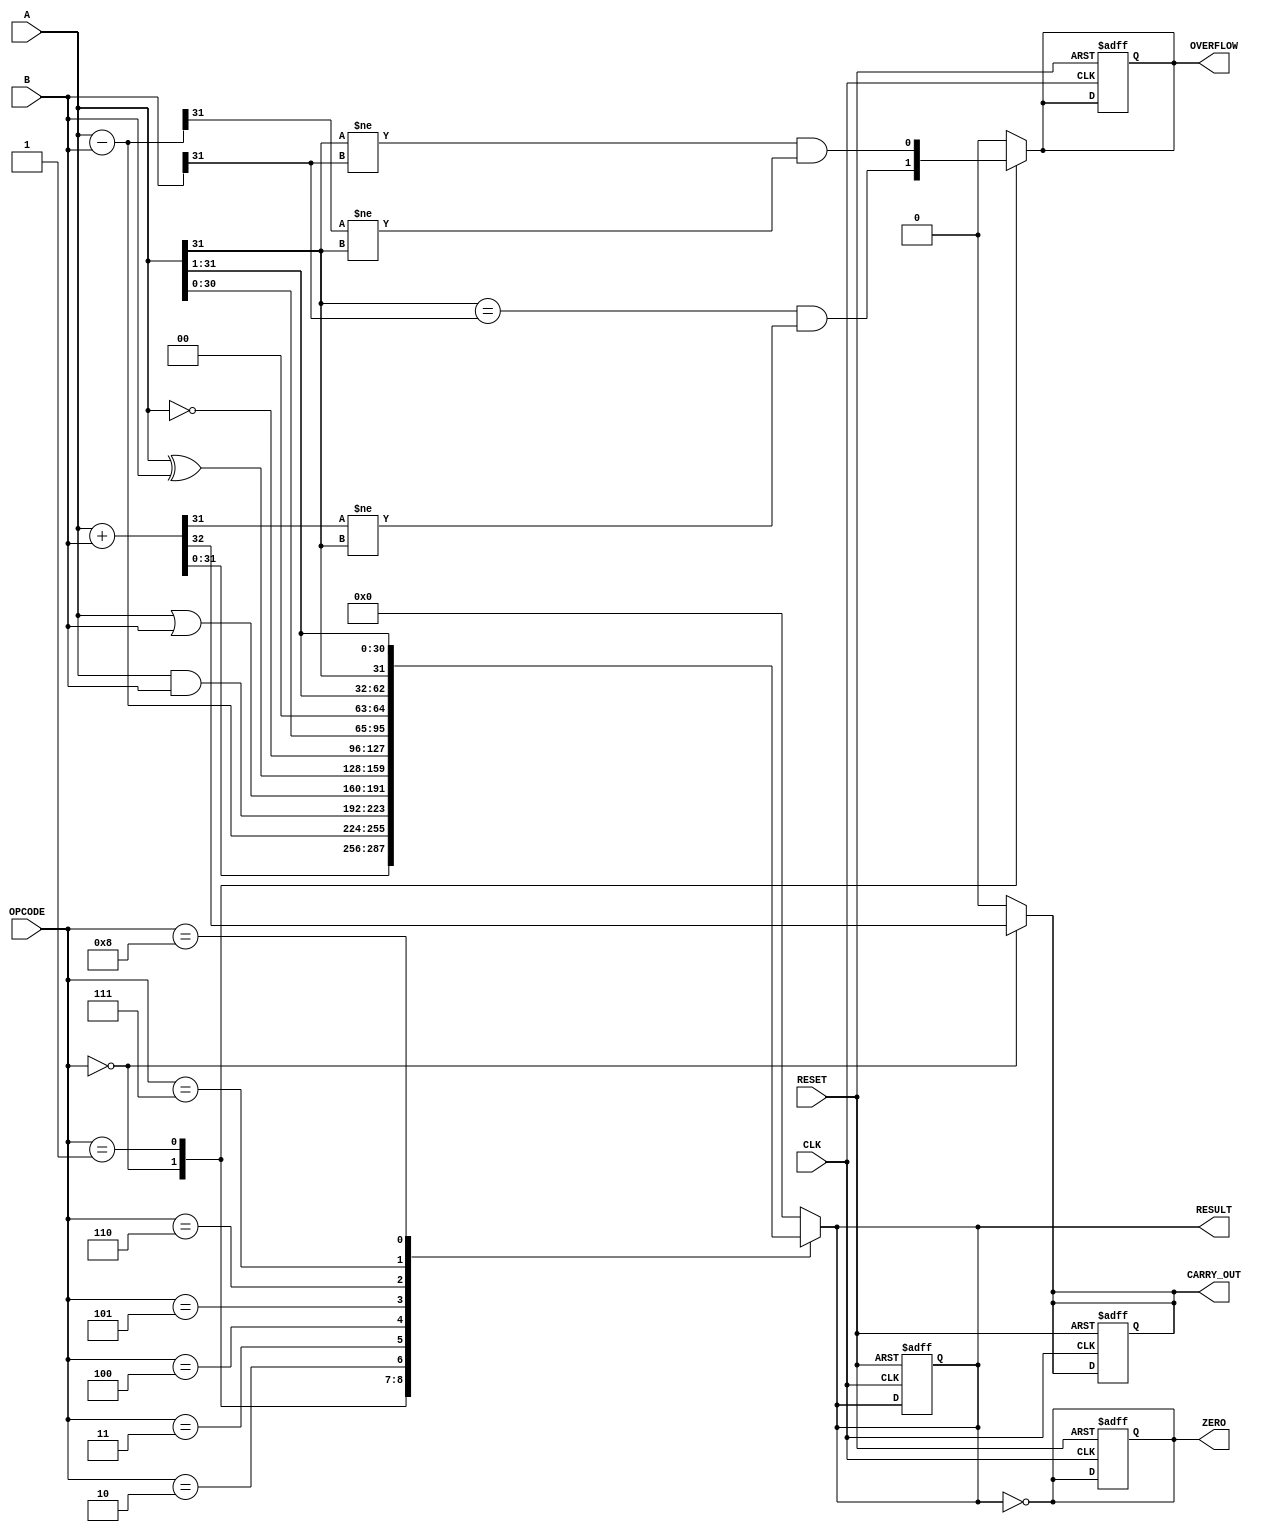
module ParameterizedALU #(
    parameter DATA_WIDTH = 32
)(
    input  wire [DATA_WIDTH-1:0] A,        // First operand
    input  wire [DATA_WIDTH-1:0] B,        // Second operand
    input  wire [3:0] OPCODE,               // Operation code
    input  wire CLK,                        // Clock signal
    input  wire RESET,                      // Asynchronous reset
    output reg [DATA_WIDTH-1:0] RESULT,    // Result of the operation
    output reg ZERO,                       // Zero flag
    output reg OVERFLOW,                   // Overflow flag
    output reg CARRY_OUT                   // Carry out flag
);

    // Internal signals
    reg [DATA_WIDTH:0] ADD_RESULT; // Extra bit for carry out
    reg [DATA_WIDTH-1:0] SUB_RESULT;

    // Operations definition
    localparam ADD        = 4'b0000;
    localparam SUB        = 4'b0001;
    localparam AND        = 4'b0010;
    localparam OR         = 4'b0011;
    localparam XOR        = 4'b0100;
    localparam NOT        = 4'b0101;
    localparam SHL        = 4'b0110; // Shift Left
    localparam SHR        = 4'b0111; // Shift Right
    localparam SAR        = 4'b1000; // Arithmetic Shift Right

    always @(*) begin
        // Default values
        RESULT = 0;
        ZERO = 0;
        OVERFLOW = 0;
        CARRY_OUT = 0;

        case (OPCODE)
            ADD: begin
                ADD_RESULT = A + B;
                RESULT = ADD_RESULT[DATA_WIDTH-1:0]; // Lower DATA_WIDTH bits
                CARRY_OUT = ADD_RESULT[DATA_WIDTH];   // Carry out
                OVERFLOW = (A[DATA_WIDTH-1] == B[DATA_WIDTH-1]) && 
                           (RESULT[DATA_WIDTH-1] != A[DATA_WIDTH-1]);
            end
            SUB: begin
                SUB_RESULT = A - B;
                RESULT = SUB_RESULT;
                OVERFLOW = (A[DATA_WIDTH-1] != B[DATA_WIDTH-1]) && 
                           (RESULT[DATA_WIDTH-1] != A[DATA_WIDTH-1]);
            end
            AND: RESULT = A & B;
            OR:  RESULT = A | B;
            XOR: RESULT = A ^ B;
            NOT: RESULT = ~A;
            SHL: RESULT = A << 1; // Logical Shift Left
            SHR: RESULT = A >> 1; // Logical Shift Right
            SAR: RESULT = $signed(A) >>> 1; // Arithmetic Shift Right
            default: RESULT = 0;
        endcase

        // Set the ZERO flag
        ZERO = (RESULT == 0);
    end

    // Synchronous logic for updating outputs
    always @(posedge CLK or posedge RESET) begin
        if (RESET) begin
            RESULT <= 0;
            ZERO <= 0;
            OVERFLOW <= 0;
            CARRY_OUT <= 0;
        end else begin
            // Outputs are updated based on combinational logic
            // already calculated in the always @(*) block
        end
    end

endmodule